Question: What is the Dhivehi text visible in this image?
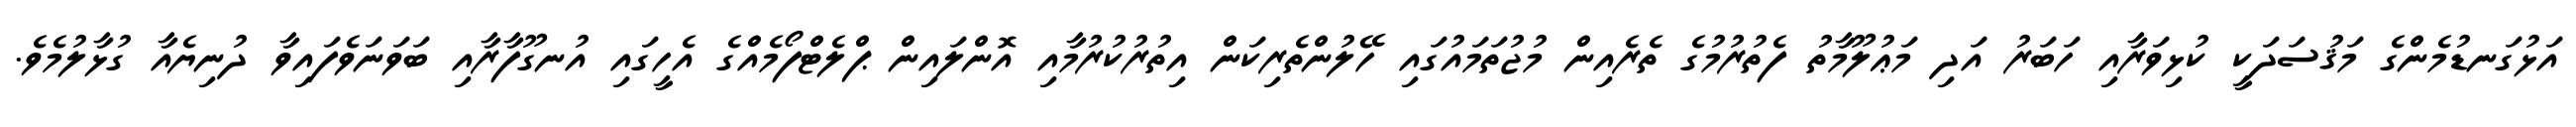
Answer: އަޅުގަނޑުމެންގެ މަޤުސަދަކީ ކުޅިވަރާއި ހަބަރު އަދި މަޢުލޫމާތު ފެތުރުމުގެ ތެރެއިން މުޖުތަމައުގައި ހޭލުންތެރިކަން އިތުރުކުރުމާއި އޮންލައިން ޕްލެޓްފޯމެއްގެ އެހީގައި އުނގޫފާރާއި ބަވަނަވެފައިވާ ދުނިޔެއާ ގުޅާލުމެވެ.